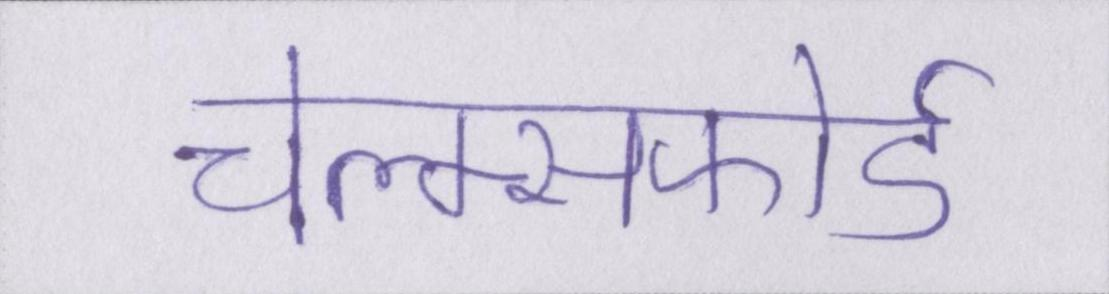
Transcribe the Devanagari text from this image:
चेल्म्सफोर्ड